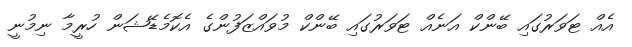
އެއް ޓަވަރުގައި ބޭންކް އަނެއް ޓަވަރުގައި ބޭންކް މުވައްޒަފުންގެ އެކޮމެޑޭޝަން ހުރީމާ ނިމުނީ